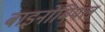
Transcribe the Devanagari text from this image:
बाइनोमियल